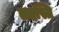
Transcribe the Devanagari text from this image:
तदस्ति